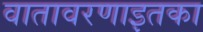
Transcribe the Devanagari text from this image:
वातावरणाइतका